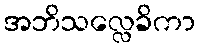
အဘိသလ္လေခိကာ